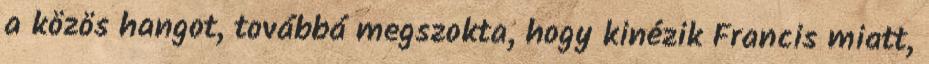
a közös hangot, továbbá megszokta, hogy kinézik Francis miatt,